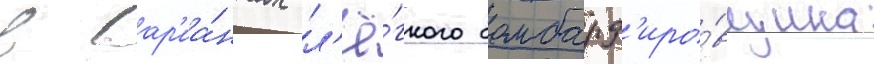
в вар'иа́нтах л'ё́гкого бомбард'иро́вщика